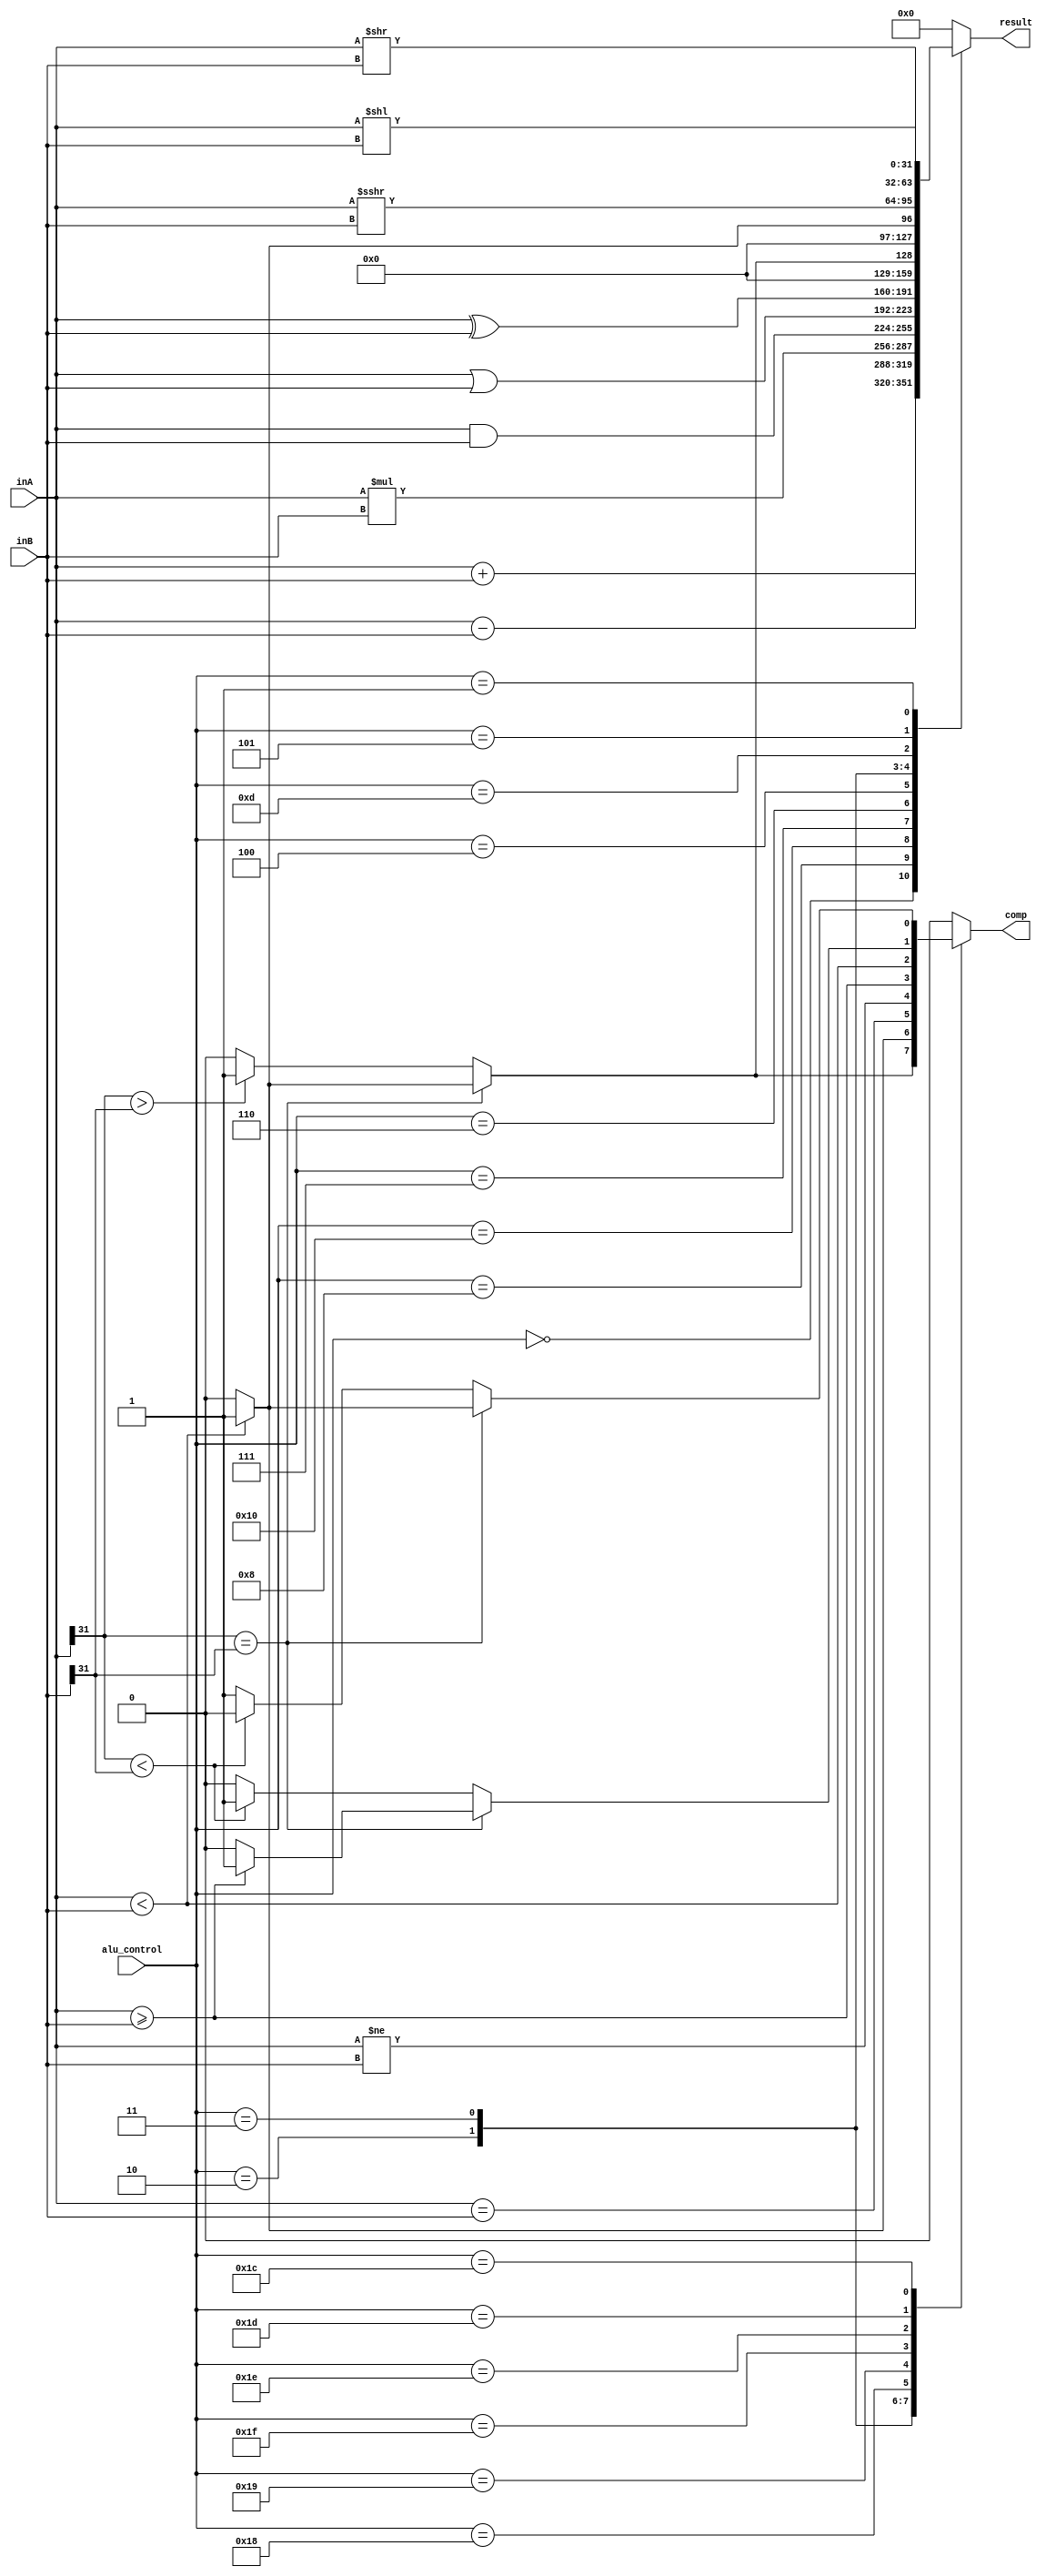
module ALU(
input [31:0]inA,
input [31:0]inB,
input [4:0]alu_control,
output reg comp,
output reg[31:0]result);

/*
	outputs:
		comp is used for true/false operations. during branch operations comp=1 when the program should jump, otherwise PC=PC+1
		result is the output of the arithmatic operation, and defaults to 0 during branch operations
*/


always @(*)
begin
		case (alu_control)
			5'b00000: 
			begin
				result = inA+inB;	//add,sub,mul
				comp = 1'b0;
			end
			5'b01000: 
			begin
				result = inA-inB;
				comp = 1'b0;
			end
			5'b10000: 
			begin
				result = inA*inB;
				comp = 1'b0;
			end
			5'b00111: 
			begin
				result = inA&inB;	//bitwise and,or,xor
				comp = 1'b0;
			end
			5'b00110: 
			begin
				result = inA|inB;
				comp = 1'b0;
			end
			5'b00100: 
			begin
				result = inA^inB;
				comp = 1'b0;
			end
			5'b00010: 								//SLT
			begin
				if (inA[31] == inB[31])		//A and B have matching signs
				begin
					if (inA<inB)
					begin
						result = 32'h1;
						comp = 1'b1;
					end
					else
					begin
						result = 32'h0;
						comp = 1'b0;
					end
				end
				else if (inA[31] > inB[31])	//A is - and B is +
				begin
					result = 32'h1;
					comp = 1'b1;
				end
				else									//A is + and B is -
				begin
					result = 32'h0;
					comp = 1'b0;
				end
			end
			5'b00011:										//SLTU
			begin
				if (inA<inB)
				begin
					result = 32'h1;
					comp = 1'b1;
				end
				else
				begin
					result = 32'h0;
					comp = 1'b0;
				end
			end
			5'b01101: 
			begin
				result = $signed(inA) >>> inB;	//SRA
				comp = 1'b0;
			end
			5'b00101: 
			begin
				result = inA >> inB;		//SRL
				comp = 1'b0;
			end
			5'b00001: 
			begin
				result = inA << inB;	//SLL
				comp = 1'b0;
			end
			5'b11000: 
			begin
				comp = (inA == inB);	//EQ
				result = 32'h0;
			end
			5'b11001: 
			begin
				comp = (inA != inB);	//NE
				result = 32'h0;
			end
			5'b11111: 
			begin
				comp = (inA >= inB);	//GEU
				result = 32'h0;
			end
			5'b11110: 
			begin
				comp = (inA < inB);		//LTU
				result = 32'h0;
			end
			5'b11101:								//GE
			begin
				if (inA[31] == inB[31])		//A and B have matching signs
				begin
					if (inA>=inB)
					begin
						comp = 1'b1;
						result = 32'h0;
					end
					else
					begin
						comp = 1'b0;
						result = 32'h0;
					end
				end
				else if (inA[31] < inB[31])	//A is + and B is -
				begin
					comp = 1'b1;
					result = 32'h0;
				end
				else									//A is - and B is +
				begin
					comp = 1'b0;
					result = 32'h0;
				end
			end
			5'b11100:								//LT
			begin
				if (inA[31] == inB[31])		//A and B have matching signs
				begin
					if (inA<inB)
					begin
						comp = 1'b1;
						result = 32'h0;
					end
					else
					begin
						comp = 1'b0;
						result = 32'h0;
					end
				end
				else if (inA[31] < inB[31])	//A is + and B is -
				begin
					comp = 1'b0;
					result = 32'h0;
				end
				else									//A is - and B is +
				begin
					comp = 1'b1;
					result = 32'h0;
				end
			end
			default:
			begin
			result = 32'h0;
			comp = 1'b0;
			end
	endcase
end
endmodule